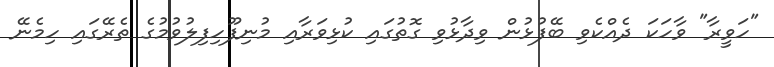
"ހަވީރާ" ވާހަކަ ދެއްކެވި ބޭފުޅުން ވިދާޅުވި ގޮތުގައި ކުޅިވަރާއި މުނިފޫހިފިލުވުމުގެ ތެރޭގައި ހިމެނޭ